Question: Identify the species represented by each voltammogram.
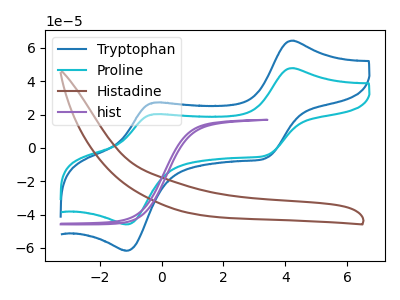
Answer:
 <answer>The blue curve is labeled "Tryptophan". The cyan curve is labeled "Proline". The brown curve is labeled "Histadine". The purple curve is labeled "hist".</answer>
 <eval></eval>